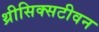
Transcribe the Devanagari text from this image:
थ्रीसिक्सटीवन